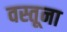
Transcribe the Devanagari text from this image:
वस्तूना